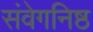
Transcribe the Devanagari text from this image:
संवेगनिष्ठ